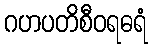
ဂဟပတိစီဝရဓရံ